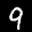
Label: 9